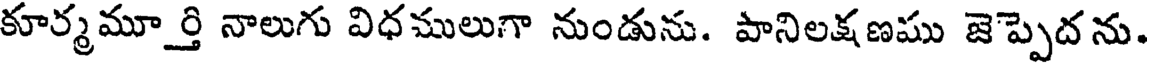
కూర్మమూర్తి నాలుగు విధములుగా నుండును. పానిలక్షణము జెప్పెదను.